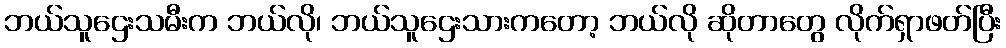
ဘယ်သူဌေးသမီးက ဘယ်လို၊ ဘယ်သူဌေးသားကတော့ ဘယ်လို ဆိုတာတွေ လိုက်ရှာဖတ်ပြီး